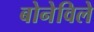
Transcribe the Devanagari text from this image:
बोनेविले